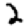
Digit: 2